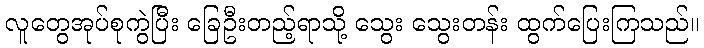
လူတွေအုပ်စုကွဲပြီး ခြေဦးတည့်ရာသို့ သွေး သွေးတန်း ထွက်ပြေးကြသည်။